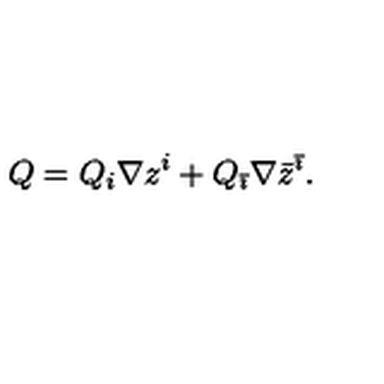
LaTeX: Q = Q _ { i } \nabla z ^ { i } + Q _ { \bar { \imath } } \nabla \bar { z } ^ { \bar { \imath } } .